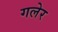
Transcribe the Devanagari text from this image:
गलेर